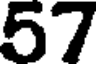
57